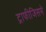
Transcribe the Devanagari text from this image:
ट्राफीजिसमे